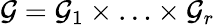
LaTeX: \mathcal{G}=\mathcal{G}_{1}\times\ldots\times\mathcal{G}_{r}